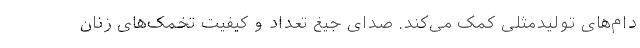
دام‌های تولیدمثلی کمک می‌کند. صدای جیغ تعداد و کیفیت تخمک‌های زنان